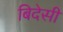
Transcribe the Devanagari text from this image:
बिदेसी